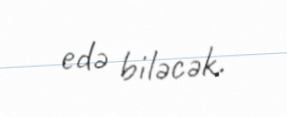
edə biləcək.